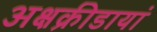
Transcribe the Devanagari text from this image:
अक्षक्रीडायां